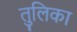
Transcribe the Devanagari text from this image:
तुलिका